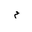
Letter: _mim